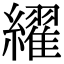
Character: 䌦